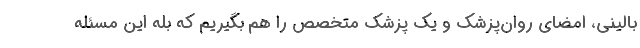
بالینی، امضای روان‌پزشک و یک پزشک متخصص را هم بگیریم که بله این مسئله